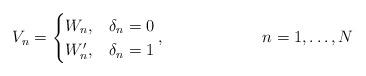
LaTeX: \begin{align*}V_{n} = \begin{cases}W_{n}, & \delta_{n} = 0 \\W'_{n}, & \delta_{n} = 1 \\\end{cases}, & & n = 1, \dots, N\end{align*}